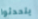
يتحدثوا